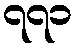
၇၇၁